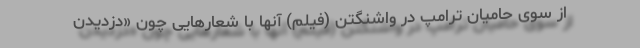
از سوی حامیان ترامپ در واشنگتن (فیلم) آنها با شعارهایی چون «دزدیدن